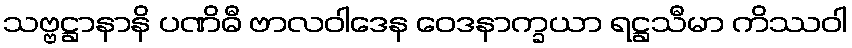
သဗ္ဗဋ္ဌာနာနိ ပဏိဓီ ဗာလဝါဒေန ဝေဒနာက္ခယာ ရဋ္ဌသီမာ ကိဿဝါ